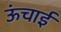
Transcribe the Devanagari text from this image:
ऊंचार्इ